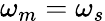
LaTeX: \omega_{m}=\omega_{s}